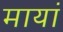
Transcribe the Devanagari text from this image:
मायां